Lunatic asylums Punjab 1881-1894 - 1881-1894
Year: 1881
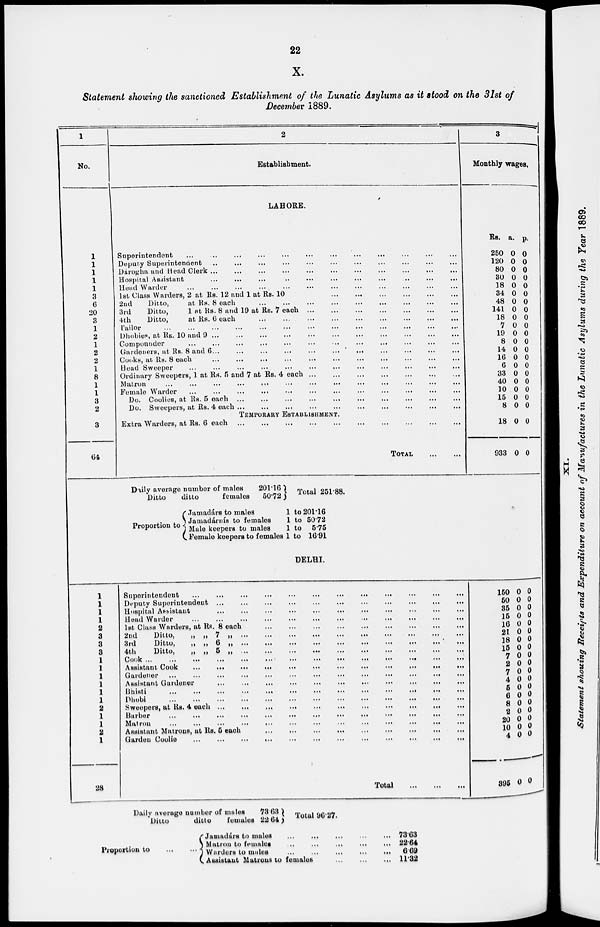
22
X.
Statement showing the sanctioned Establishment of the Lunatic Asylums as it stood on the 31st of
December 1889.
1
No.
1
1
1
1
1
3
6
20
3
1
2
1
2
2
1
8
1
1
3
2
3
64
2
Establishment.
LAHORS.
Superintendent ... ... ... ... ... ... ... ... ... ... ...
Deputy Superintendent ... ... ... ... ... ... ... ... ... ... ... ...
Dárogha and Head Clerk
...
...
...
...
...
...
...
...
...
...
...
Hospital Assistant ... ... ... ... ... ... ... ... ... ... ...
Head Warder
...
...
...
...
...
...
...
...
...
...
...
1st Class Warders, 2 at Rs. 12 and 1 at Rs. 10 ... ... ... ... ... ... ... ... ... ... ...
2nd
Ditto,
at Rs. 8 each ... ... ... ... ... ... ... ... ... ... ...
3rd
Ditto,
1 at Rs. 8 and 19 at Rs. 7 each ... ... ... ... ... ... ... ... ... ... ...
4th
Ditto,
at Rs. 6 each ... ... ... ... ... ... ... ... ... ... ...
Tailor
...
...
...
...
...
...
...
...
...
...
...
Dhobies, at Rs. 10 and 9
...
...
...
...
...
...
...
...
...
...
...
Compounder ... ... ... ... ... ... ... ... ... ... ...
Gardeners, at Rs. 8 and 6 ... ... ... ... ... ... ... ... ... ... ...
Cooks, at Rs. 8 each ... ... ... ... ... ... ... ... ... ... ...
Head Sweeper ... ... ... ... ... ... ... ... ... ... ...
Ordinary Sweepers, 1 at Rs. 5 and 7 at Rs. 4 each ... ... ... ... ... ... ... ... ... ... ...
Matron
...
...
...
...
...
Female Warder ... ... ... ... ... ... ... ... ... ... ...
Do. Coolies, at Rs. 5 each
...
...
...
...
...
...
...
...
...
...
...
Do. Sweepers, at Rs. 4 each
...
...
...
...
...
...
...
...
...
...
...
TEMPORARY ESTABLISHMENT.
Extra Warders, at Rs. 6 each ... ... ... ... ... ... ... ... ... ... ...
TOTAL
...
...
3
Monthly wages.
Rs.
250
120
80
30
18
34
48
141
18
7
19
8
14
16
6
33
40
10
15
8
a.
0
0
0
0
0
0
0
0
0
0
0
0
0
0
0
0
0
0
0
0
p.
0
0
0
0
0
0
0
0
0
0
0
0
0
0
0
0
0
0
0
0
18
933
0
0
0
0
Daily average number of males
Ditto
ditto
females
201.16
50.72
Total 251.88.
Proportion to
Jamadárs to males
Jamadárnís to females
Male keepers to males
1 to
1 to
1 to
Female keepers to females 1 to
201.16
50.72
5.75
16.91
DELHI.
1
1
1
1
2
3
3
3
1
1
1
1
1
1
2
1
1
2
1
28
Superintendent
...
...
...
...
...
...
...
...
...
...
...
...
Doputy Suporintendent
...
...
...
...
...
...
...
...
...
...
...
...
Hospital Assistant
...
...
...
...
...
...
...
...
...
...
...
...
Head Warder
...
...
...
...
...
...
...
...
...
...
...
...
1st Class Warders, at Rs. 8 each
...
...
...
...
...
...
...
...
...
...
...
...
2nd
Ditto,
„ „ 7
...
...
...
...
...
...
...
...
...
...
...
...
3rd
Ditto,
„ „ 6 ... ... ... ... ... ... ... ... ... ... ... ...
4th
Ditto,
„ „ 5 „
...
...
...
...
...
...
...
...
...
...
...
...
Cook ...
...
...
...
...
...
...
...
...
...
...
...
Assistant Cook
...
...
...
...
...
...
...
...
...
...
...
...
Gardener
...
...
...
...
...
...
...
...
...
...
...
...
Assistant Gardener
...
...
...
...
...
...
...
...
...
...
...
...
Bhisti
...
...
...
...
...
...
...
...
...
...
...
...
...
Dhobi
...
...
...
...
...
...
...
...
...
...
...
...
Sweepers, at Rs. 4 each ... ... ... ... ... ... ... ... ... ... ... ...
Barber
...
...
...
...
...
...
...
...
...
...
...
...
...
Matron ... ... ... ... ... ... ... ... ... ... ... ...
Assistant Matrons, at Rs. 5 each
...
...
...
...
...
...
...
...
...
...
...
...
Garden Coolie
...
...
...
...
...
...
...
...
...
...
...
...
Total
...
...
...
150
50
35
15
16
21
18
15
7
2
7
4
5
6
8
2
20
10
4
895
0
0
0
0
0
0
0
0
0
0
0
0
0
0
0
0
0
0
0
0
0
0
0
0
0
0
0
0
0
0
0
0
0
0
0
0
0
0
0
0
Daily average number of males
Ditto
ditto
females
73.63
22.64
Total 96.27.
Proportion to ...
Jamaddárs to males ... ... ... ... ...
Matron to females ... ... ... ... ...
Warders to males
...
...
...
...
...
Assistant Matrons to females
...
...
...
73.63
22.64
6.69
11.32